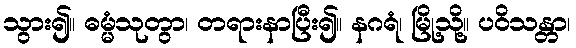
သွား၍။ ဓမ္မံသုတွာ၊ တရားနာပြီး၍။ နဂရံ၊ မြို့သို့။ ပဝိသန္တာ၊